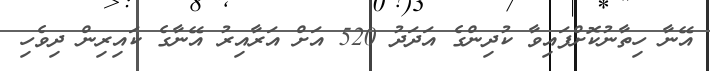
އޭނާ ހިތާނުކޮށްފައިވާ ކުދިންގެ އަދަދު 520 އަށް އަރާއިރު އޭނާގެ ކައިރިން ދިވެހި